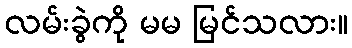
လမ်းခွဲကို မမ မြင်သလား။